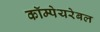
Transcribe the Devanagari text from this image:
कॉम्पेयरेबल